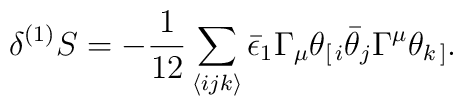
\delta^{(1)} S    = - \frac{1}{12} \sum_{\langle ijk \rangle}    \bar{\epsilon}_1 \Gamma_{\mu} \theta_{[ \, i}     \bar{\theta}_j \Gamma^{\mu} \theta_{k \, ]}. \\